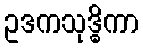
ဥဒကသုဒ္ဓိကာ